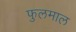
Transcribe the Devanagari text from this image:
फुलमाल